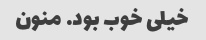
خیلی خوب بود. منون